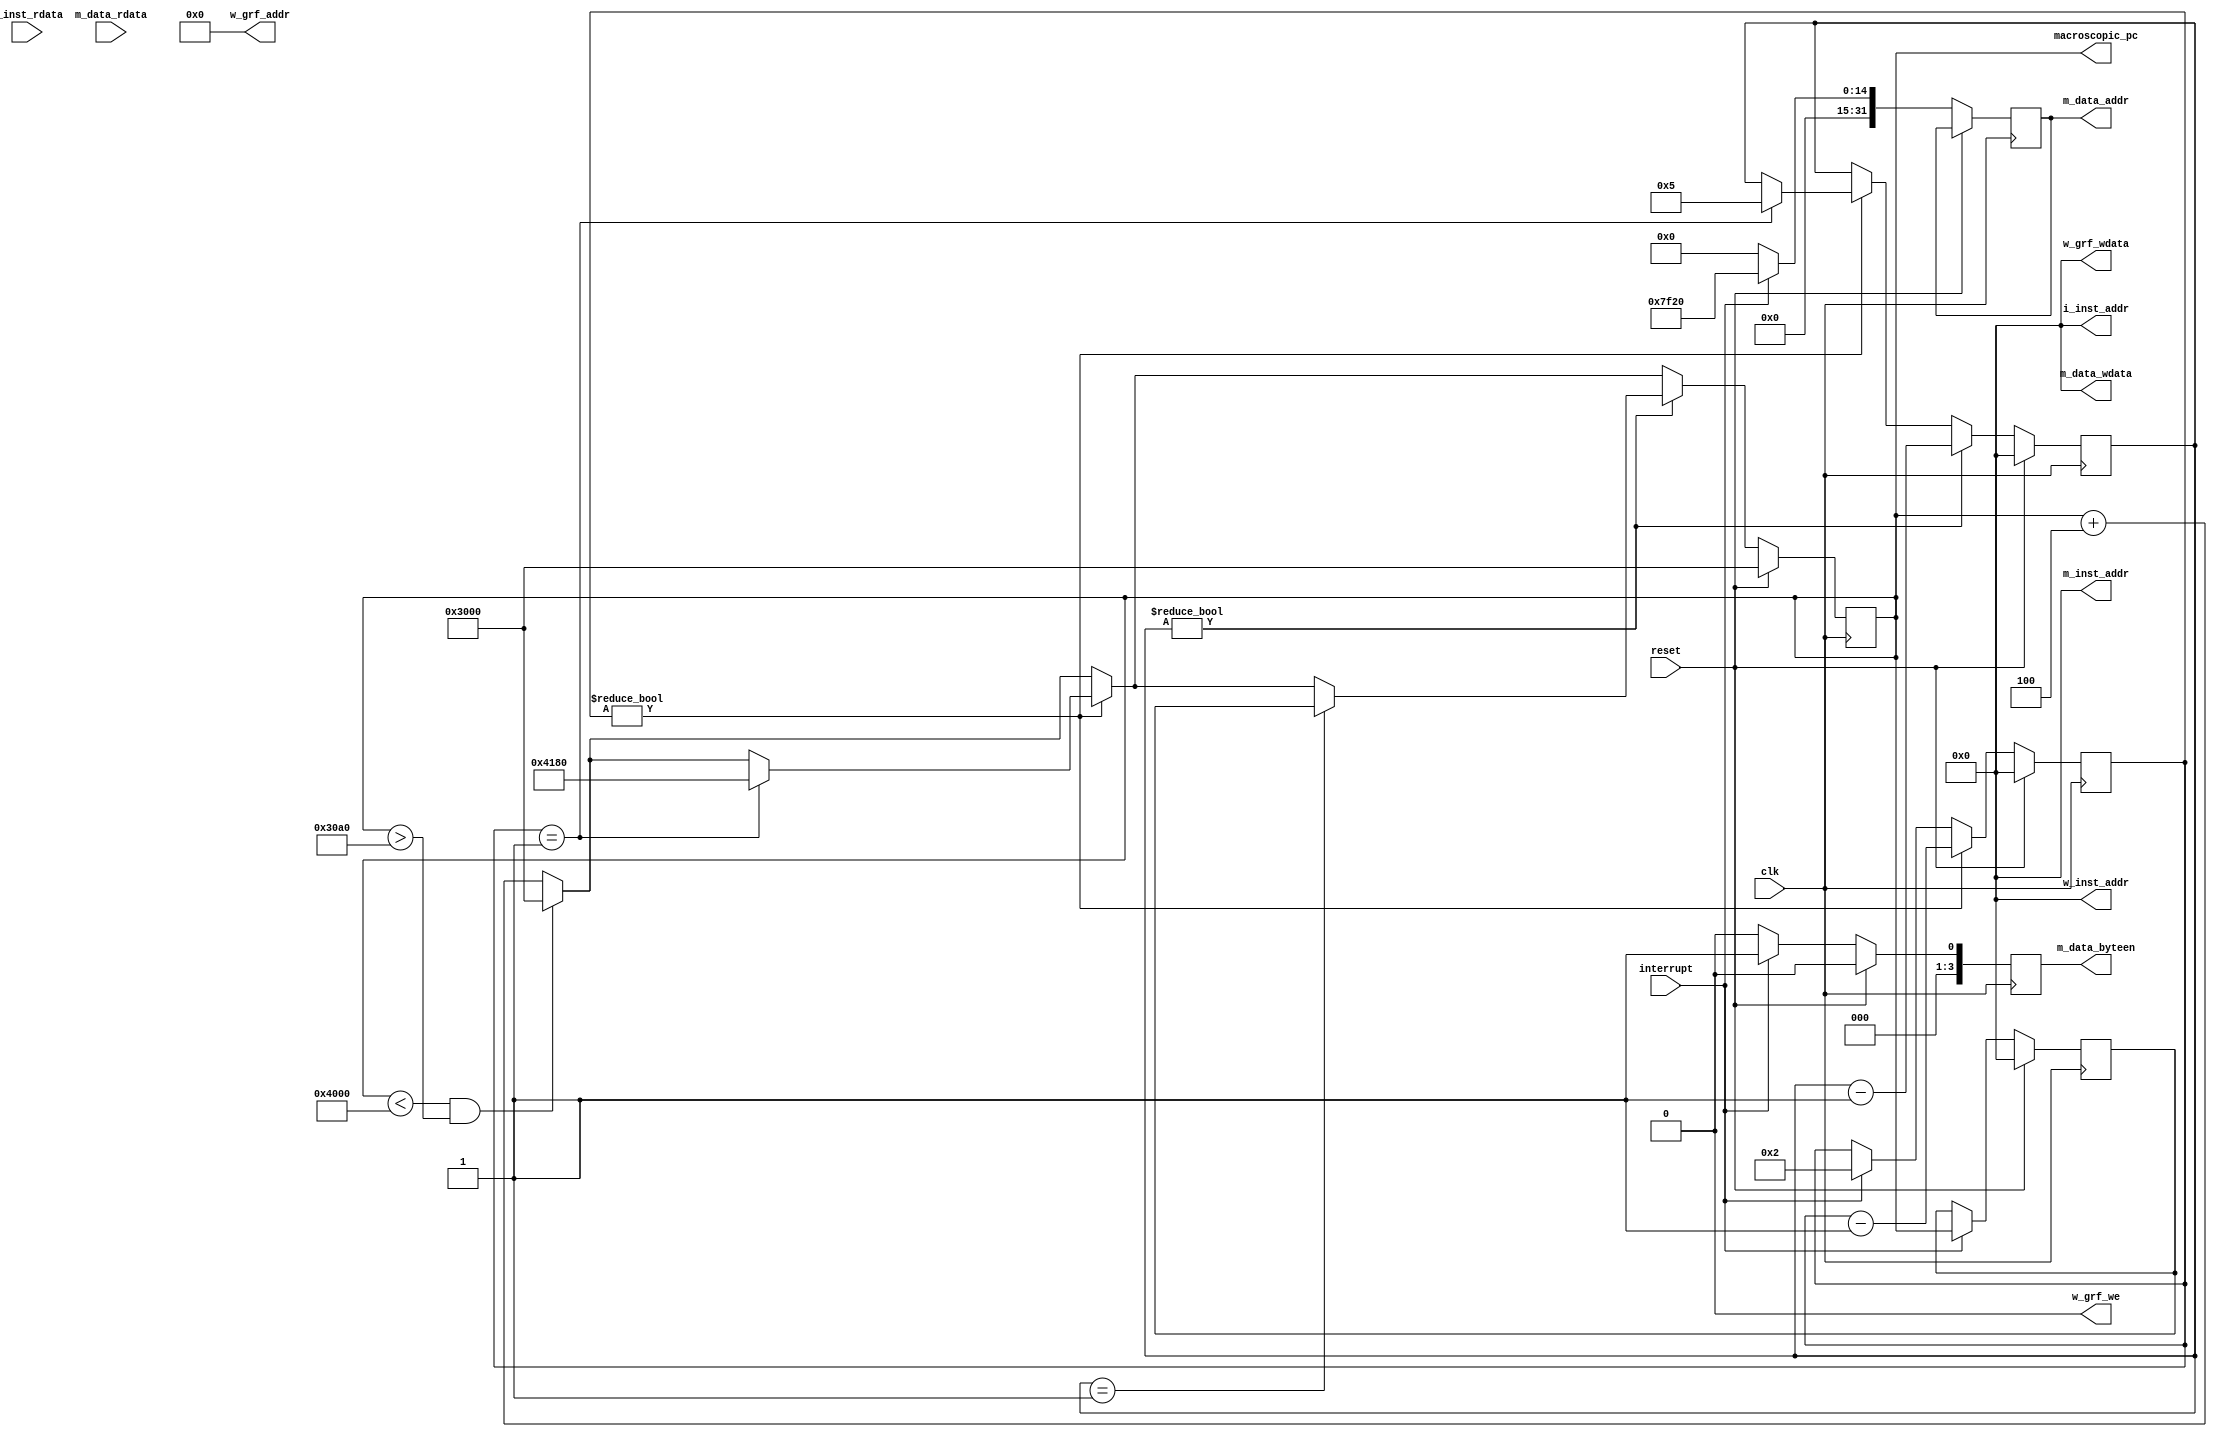
`timescale 1ns/1ps

module mips(
		input clk,
		input reset,
		input interrupt,
		output [31:0] macroscopic_pc,

		input [31:0] i_inst_rdata,
		output [31:0] i_inst_addr,

		input [31:0] m_data_rdata,
		output [31:0] m_data_addr,
		output [31:0] m_data_wdata,
		output [3:0] m_data_byteen,

		output [31:0] m_inst_addr,

		output w_grf_we,
		output [4:0] w_grf_addr,
		output [31:0] w_grf_wdata,

		output [31:0] w_inst_addr
	);

	reg [31:0] pc;
	reg [31:0] count;
	reg [31:0] delay;
	reg [31:0] old_pc;
	reg [31:0] write_addr;
	reg [3:0] byte_enabled;

	assign i_inst_addr = 0;
	assign m_data_wdata = 0;
	assign m_inst_addr = 0;
	assign w_grf_we = 0;
	assign w_grf_addr = 0;
	assign w_grf_wdata = 0;
	assign w_inst_addr = 0;

	assign macroscopic_pc = pc;
	assign m_data_addr = write_addr;
	assign m_data_byteen = byte_enabled;

	always @(posedge clk) begin
		if (reset) begin
			count <= 0;
			delay <= 0;
			old_pc <= 0;
			pc <= 32'h3000;
			pc <= 32'h3000;
			byte_enabled <= 0;
		end
		else begin
			write_addr <= 0;
			byte_enabled <= 0;
			pc <= (pc < 32'h4000 && pc > 32'h30a0) ? 32'h3000 : pc + 4;
			if (interrupt) begin
				write_addr <= 32'h7F20;
				byte_enabled <= 1;
				old_pc <= pc;
				delay <= 2;
			end
			if (delay) begin
				if (delay == 1) begin
					pc <= 32'h4180;
					count <= 5;
				end
				delay <= delay - 1;
			end
			if (count) begin
				if (count == 1) begin
					pc <= old_pc;
				end
				count <= count - 1;
			end
		end
	end

endmodule